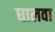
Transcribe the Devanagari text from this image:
घालवा